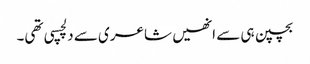
بچپن ہی سے انھیں شاعری سے دلچسپی تھی۔